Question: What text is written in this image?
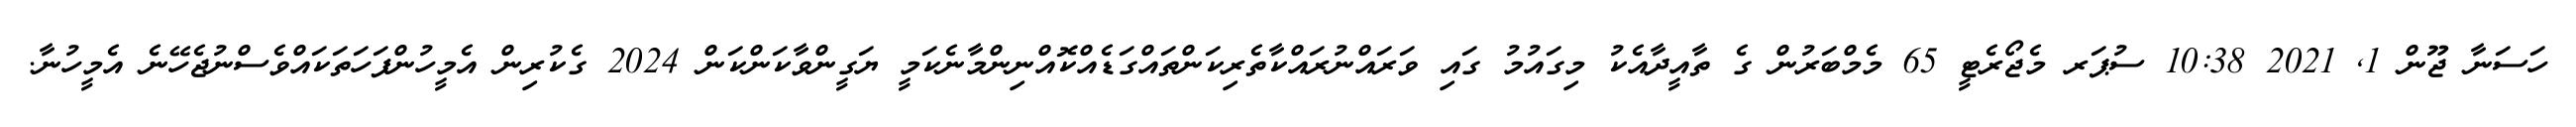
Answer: ހަސަނާ ޖޫން 1, 2021 10:38 ސުޕަރ މެޖޯރެޓީ 65 މެމްބަރުން ގެ ތާއީދާއެކު މިގައުމު ގައި ވަރައްނުރައްކާތެރިކަންތައްގަޑެއްކޮއްނިންމާނެކަމީ ޔަގީންވާކަންކަން 2024 ގެކުރިން އެމީހުންފަހަތަކައްވެސްނުޖެހޭނެ އެމީހުނާ.